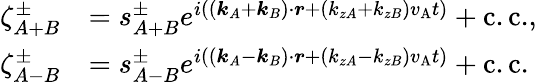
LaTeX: \begin{array}{rl}{\zeta_{A+B}^{\pm}}&{=s_{A+B}^{\pm}e^{i((\boldsymbol{k}_{A}+\boldsymbol{k}_{B})\cdot\boldsymbol{r}+(k_{zA}+k_{zB})v_{\mathrm{A}}t)}+\mathrm{c.c.},}\\ {\zeta_{A-B}^{\pm}}&{=s_{A-B}^{\pm}e^{i((\boldsymbol{k}_{A}-\boldsymbol{k}_{B})\cdot\boldsymbol{r}+(k_{zA}-k_{zB})v_{\mathrm{A}}t)}+\mathrm{c.c.}}\end{array}